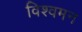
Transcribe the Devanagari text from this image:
विश्वमन